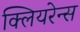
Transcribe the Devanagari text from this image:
क्लियरेन्स